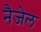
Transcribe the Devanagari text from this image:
नैजेल